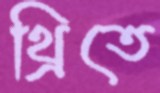
থ্রিতে